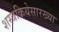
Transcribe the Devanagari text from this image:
शस्त्रक्रियेसारख्या